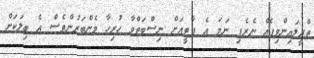
ތްރީލައިންވިޕެއް ނެރެފި ނަމަ އެ ޕާޓީއަށް ނިސްބަތްވާ ހުރިހާ މެންބަރުންވެސް އެ ބިލަކަށް